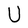
Character: U